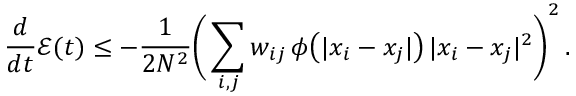
\frac { d } { d t } \mathcal { E } ( t ) \leq - \frac { 1 } { 2 N ^ { 2 } } \Bigg ( \sum _ { i , j } w _ { i j } \, \phi \big ( | x _ { i } - x _ { j } | \big ) \, | x _ { i } - x _ { j } | ^ { 2 } \Bigg ) ^ { 2 } \, .